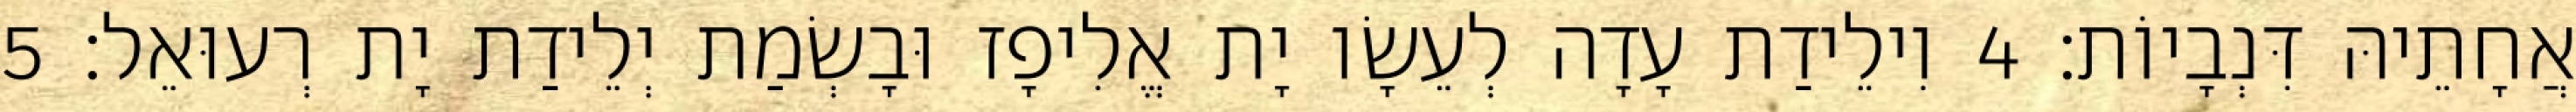
אֲחָתֵיהּ דִּנְבָיוֹת׃ 4 וִילֵידַת עָדָה לְעֵשָׂו יָת אֱלִיפָז וּבָשְׂמַת יְלֵידַת יָת רְעוּאֵל׃ 5